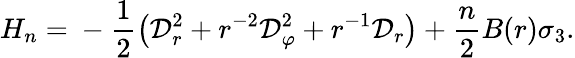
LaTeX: H_{n}={}-\frac 12\left({\cal D}_{r}^{2}+r^{-2}{\cal D}_{\varphi}^{2}+r^{-1}{\cal D}_{r}\right)+\frac n2B(r)\sigma_{3}.